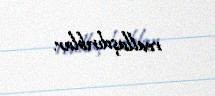
reallaşdırıblar.